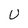
Character: U